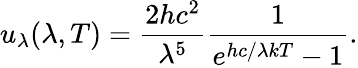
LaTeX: u_{\lambda}(\lambda,T)={\frac{2hc^{2}}{\lambda^{5}}}{\frac{1}{e^{hc/\lambda kT}-1}}.